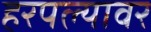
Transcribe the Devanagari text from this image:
हरपल्यावर